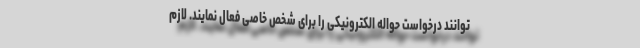
توانند درخواست حواله الکترونیکی را برای شخص خاصی فعال نمایند. لازم